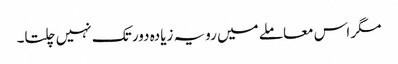
مگر اس معاملے میں رویہ زیادہ دور تک نہیں چلتا۔